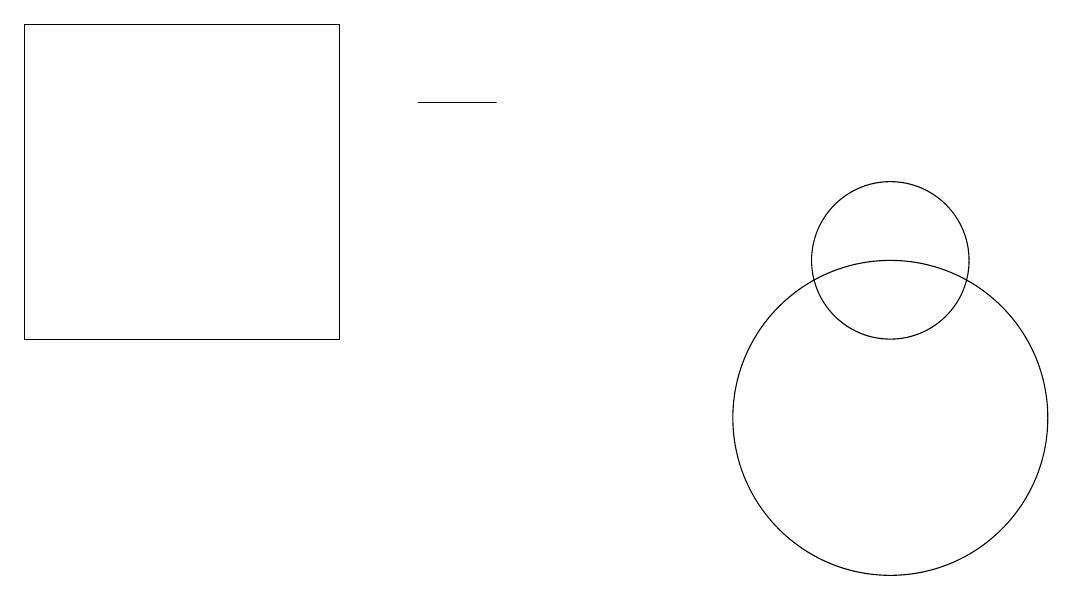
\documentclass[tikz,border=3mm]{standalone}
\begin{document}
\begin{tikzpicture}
\draw (11,10) circle (2);
\draw (0,15) rectangle (4,11);
\draw (5,14) rectangle (6,14);
\draw (11,12) circle (1);
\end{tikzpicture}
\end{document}